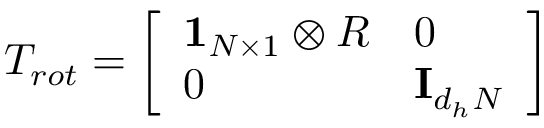
T _ { r o t } = \left[ \begin{array} { l l } { \mathbf { 1 } _ { N \times 1 } \otimes R } & { 0 } \\ { 0 } & { \mathbf { I } _ { d _ { h } N } } \end{array} \right]